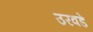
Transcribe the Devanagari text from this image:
उरवडे